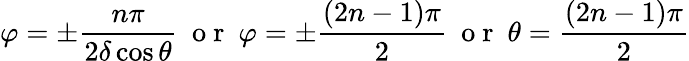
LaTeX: \varphi=\pm\frac{n\pi}{2\delta\cos{\theta}}\ \mathrm{~o~r~}\ \varphi=\pm\frac{(2n-1)\pi}{2}\ \mathrm{~o~r~}\ \theta=\frac{(2n-1)\pi}{2}